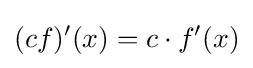
(cf)'(x)=c\cdot f'(x)